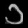
Digit: ၁